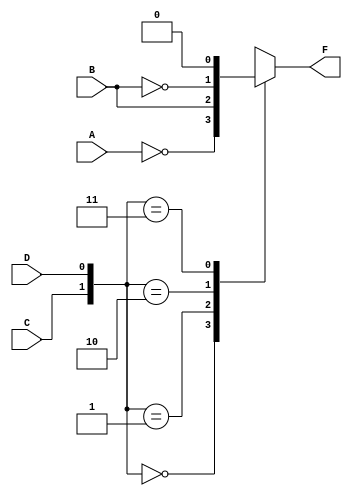
module MUX_4_to_1_Declaracao_de_Caso
    (output reg F,
    input wire A, B, C, D);

    always @ (A, B, C, D) 
        begin
            case ( {C, D} )
                2'b00 : #10 F = ~A;
                2'b01 : #10 F = B;
                2'b10 : #10 F = ~B;
                2'b11 : #10 F = 1'b0;
                default : #10 F = 1'bX;
            endcase        
        end
endmodule